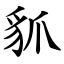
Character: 䝖